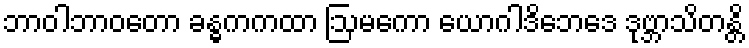
ဘာဝါဘာဝတော ခန္ဓကကထာ ဩမကော ယောဂါဒိဘေဒေ ဒုဗ္ဘာသိတန္တိ